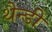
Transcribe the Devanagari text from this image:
थैन्डी